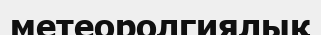
метеоролгиялық